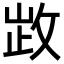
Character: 𢽗